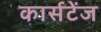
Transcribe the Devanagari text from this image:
कार्सटेंज